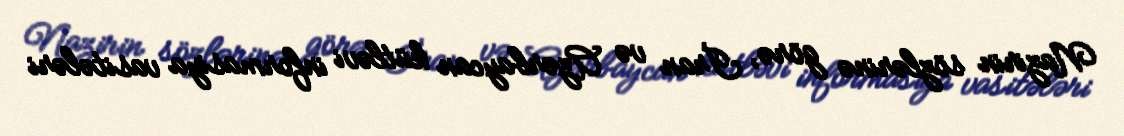
Nazirin sözlərinə görə, İran və Azərbaycan kütləvi informasiya vasitələri